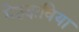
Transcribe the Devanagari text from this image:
मेहदाविया